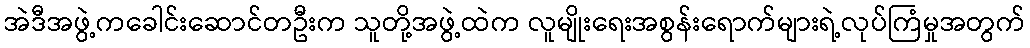
အဲဒီအဖွဲ့ကခေါင်းဆောင်တဦးက သူတို့အဖွဲ့ထဲက လူမျိုးရေးအစွန်းရောက်များရဲ့လုပ်ကြံမှုအတွက်